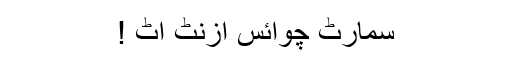
سمارٹ چوائس ازنٹ اٹ !